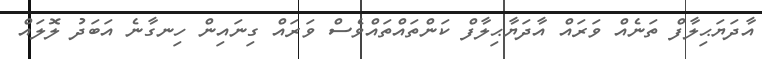
އާދަޔަޙިލާފް ތަނެއް ވަރައް އާދަޔާޙިލާފް ކަންތައްތައްވެސް ވަރައް ގިނައިން ހިނގާނެ އަބަދު ލޮލައް